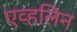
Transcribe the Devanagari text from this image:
एव्हलिन